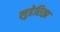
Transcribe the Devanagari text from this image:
लुडेरित्झ